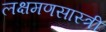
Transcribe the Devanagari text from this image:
लक्षमणसास्त्री